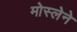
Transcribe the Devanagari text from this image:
मोस्लेने